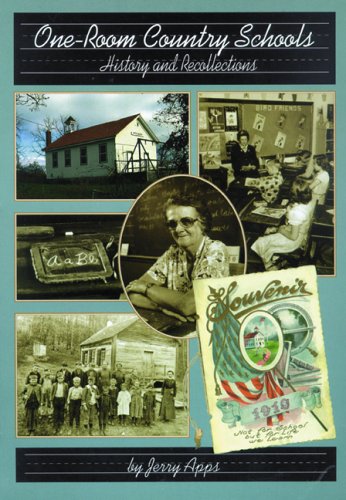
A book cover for One-Room Country Schools: History and Recollections from Wisconsin; Jerry Apps; Humor & Entertainment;